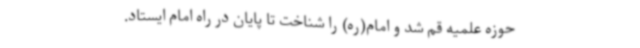
حوزه علمیه قم شد و امام(ره) را شناخت تا پایان در راه امام ایستاد.